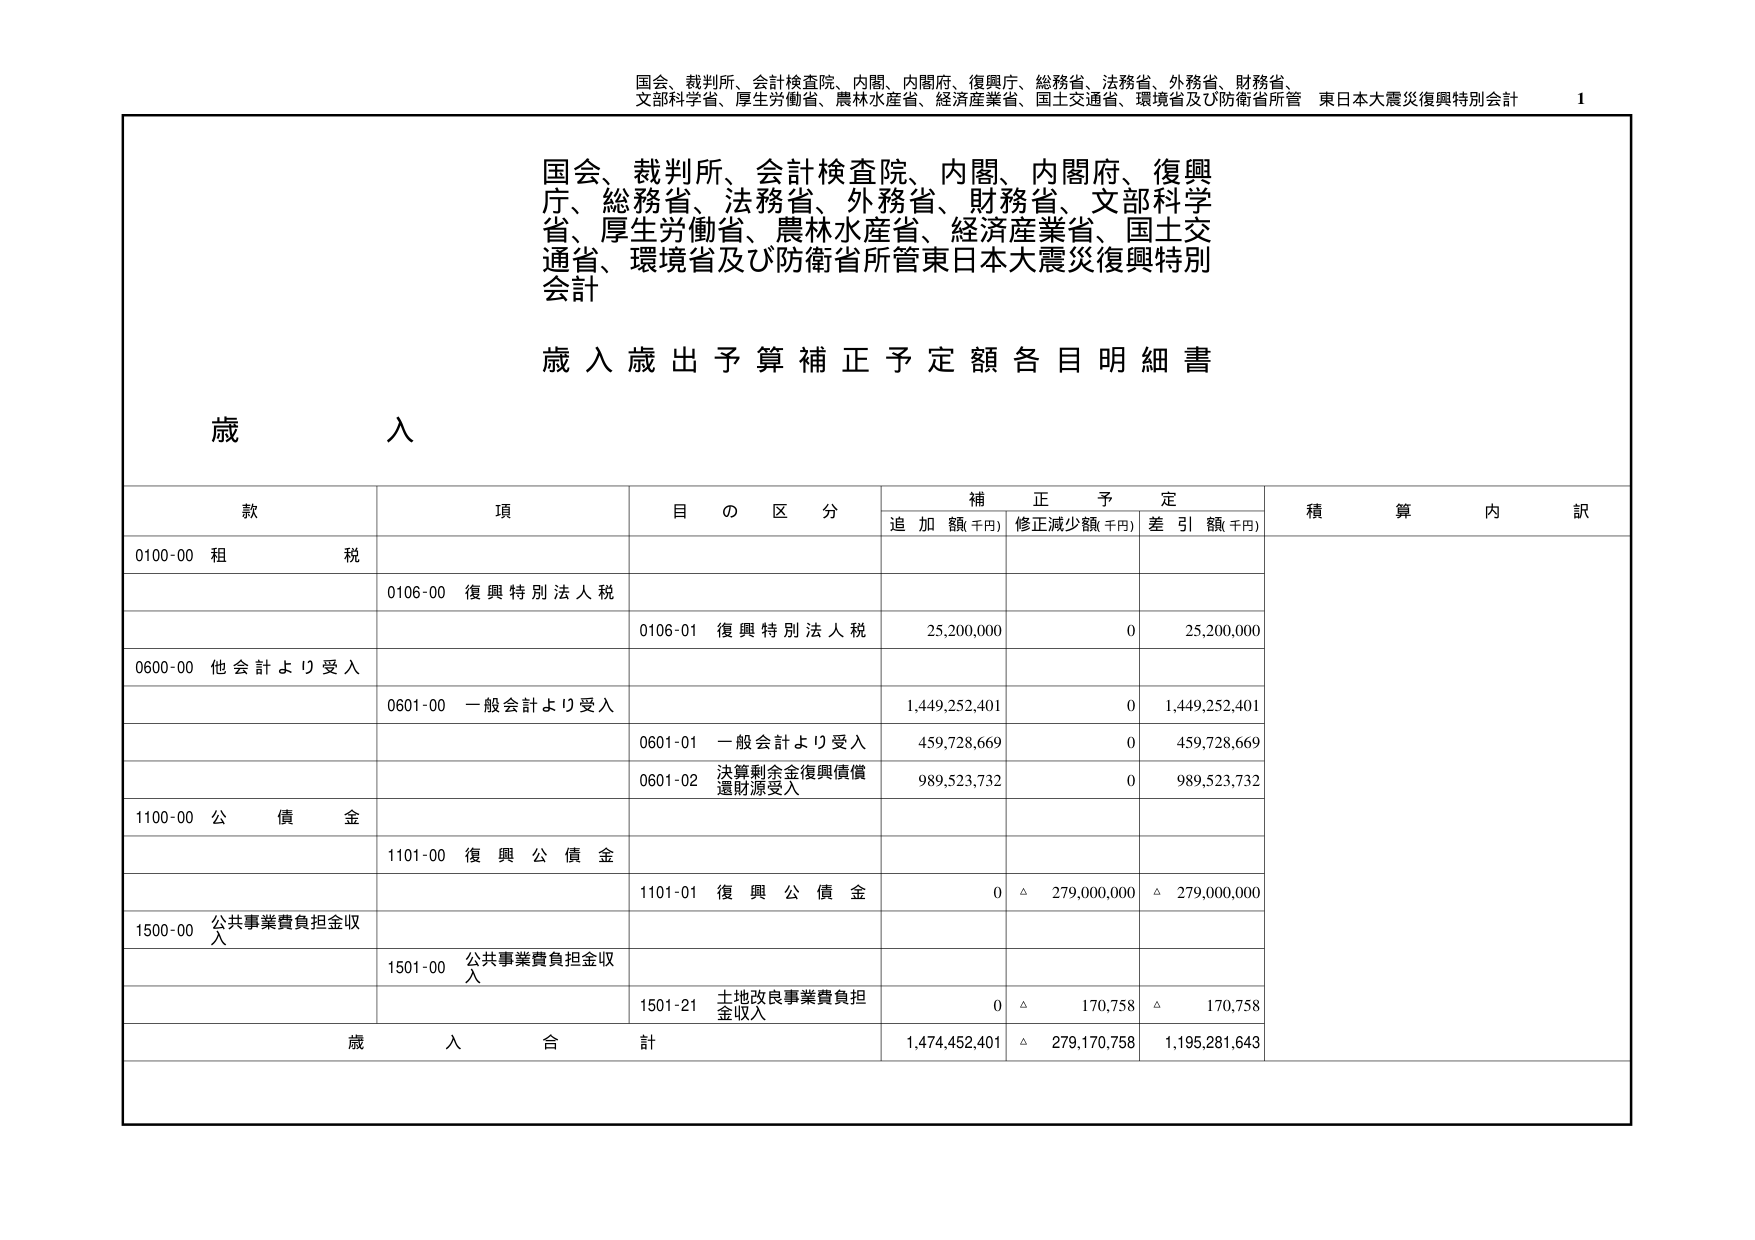
国会、裁判所、会計検査院、内閣、内閣府、復興庁、総務省、法務省、外務省、財務省、文部科学省、厚生労働省、農林水産省、経済産業省、国土交通省、環境省及び防衛省所管 東日本大震災復興特別会計

国会、裁判所、会計検査院、内閣、内閣府、復興庁、総務省、法務省、外務省、財務省、文部科学省、厚生労働省、農林水産省、経済産業省、国土交通省、環境省及び防衛省所管東日本大震災復興特別会計

歳入歳出予算補正予定額各目明細書

歳 入

款 項 目の区分 補正予定 積算内訳
　　追加額(千円) 修正減少額(千円) 差引額(千円)

0100-00 租税
　　0106-00 復興特別法人税
　　　　0106-01 復興特別法人税 25,200,000 0 25,200,000

0600-00 他会計より受入
　　0601-00 一般会計より受入 1,449,252,401 0 1,449,252,401
　　　　0601-01 一般会計より受入 459,728,669 0 459,728,669
　　　　0601-02 決算剰余金復興債償還財源受入 989,523,732 0 989,523,732

1100-00 公債金
　　1101-00 復興公債金
　　　　1101-01 復興公債金 0 △ 279,000,000 △ 279,000,000

1500-00 公共事業費負担金収入
　　1501-00 公共事業費負担金収入
　　　　1501-21 土地改良事業費負担金収入 0 △ 170,758 △ 170,758

歳入合計 1,474,452,401 △ 279,170,758 1,195,281,643